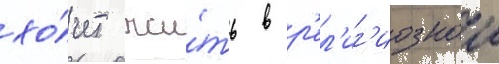
хо́чет жи́ть в р'ел'иг'иознои